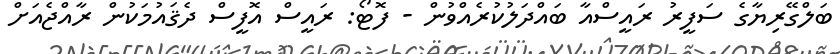
ބަލްގޭރިޔާގެ ސަފީރު ރައީސްއާ ބައްދަލުކުރެއްވުން - ފޮޓޯ: ރައީސް އޮފީސް ދެޤައުމަކުން ރާއްޖެއަށް